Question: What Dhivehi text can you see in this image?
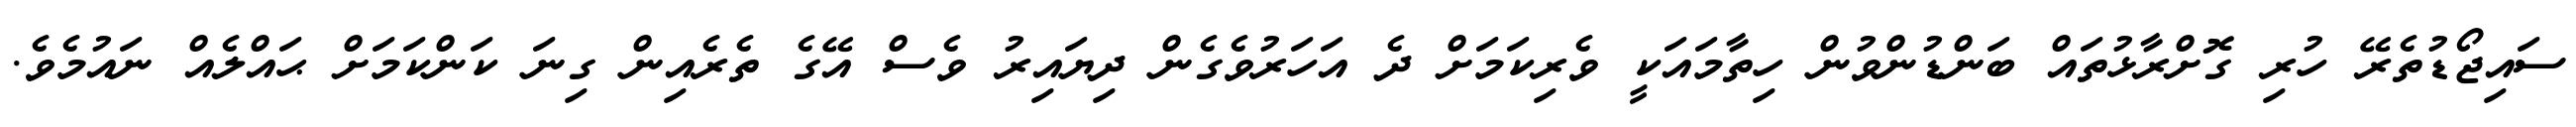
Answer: ސައިޖޯޑުތެރޭ ހުރި ގޮށްރާޅުތައް ބަންޑުންވުން ހިތާމައަކީ ވެރިކަމަށް ދެ އަހަރުވެގެން ދިޔައިރު ވެސް އޭގެ ތެރެއިން ގިނަ ކަންކަމަށް ޙައްލެއް ނައުމެވެ.